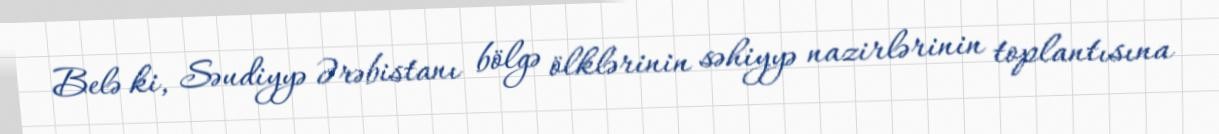
Belə ki, Səudiyyə Ərəbistanı bölgə ölklərinin səhiyyə nazirlərinin toplantısına